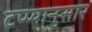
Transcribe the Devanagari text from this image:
टप्प्यानुसार